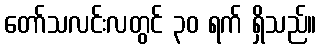
တော်သလင်းလတွင် ၃၀ ရက် ရှိသည်။